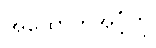
အထောက်အပံ့ကို